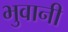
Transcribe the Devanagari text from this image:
भुवानी